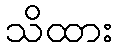
သိထား